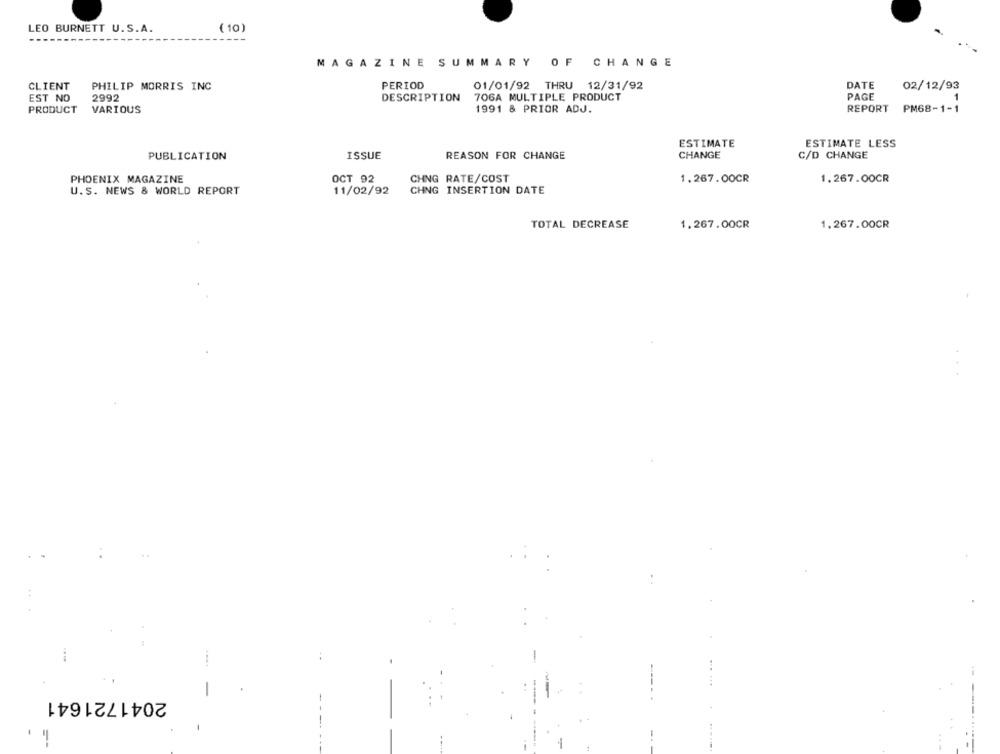
LEO BURNETT U.S.A.
( 10)
MAGAZINE SUMMARY OF CHANGE
PERIOD
DATE
CLIENT
PHILIP MORRIS INC
01/01/92 THRU 12/31/92
02/12/93
EST NO
2992
DESCRIPTION
706A MULTIPLE PRODUCT
PAGE
-
PRODUCT
VARIOUS
1991 & PRIOR ADJ.
REPORT
PM68-1-1
ESTIMATE
ESTIMATE LESS
PUBLICATION
ISSUE
REASON FOR CHANGE
CHANGE
C/D CHANGE
PHOENIX MAGAZINE
OCT 92
CHNG RATE/COST
1.267.00CR
1.267.00CR
U.S. NEWS & WORLD REPORT
11/02/92
CHNG INSERTION DATE
TOTAL DECREASE
1.267.00CR
1.267.00CR
-
2041721641